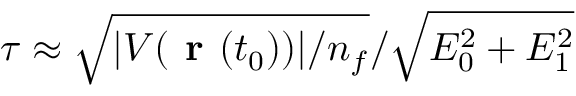
\tau \approx \sqrt { | V ( { \textbf { r } } ( t _ { 0 } ) ) | / n _ { f } } / \sqrt { E _ { 0 } ^ { 2 } + E _ { 1 } ^ { 2 } }